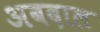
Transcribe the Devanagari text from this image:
अबदाल